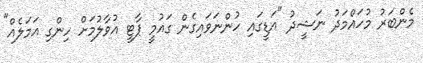
މެންބަރު މުހައްމަދު ނަޝީދު "އަޑީގައި ހުންނަވައިގެން ގައުމީ ޕާޓީ އުވާލުމަށް ހިންގި އަމަލެއް"